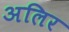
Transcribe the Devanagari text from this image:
अलिर